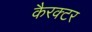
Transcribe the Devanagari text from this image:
कैरक्टर